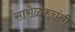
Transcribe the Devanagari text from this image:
सारोळकरांनी